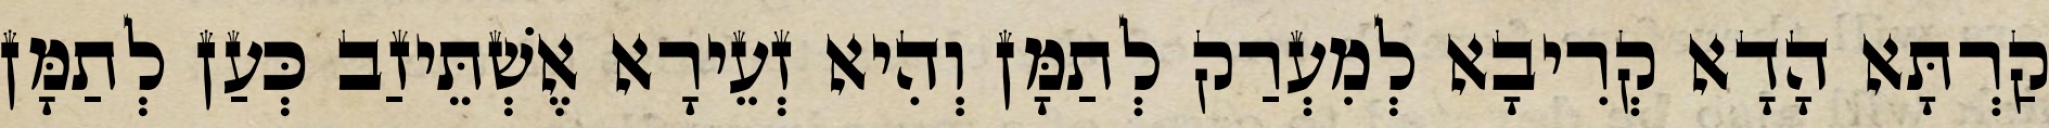
קַרְתָּא הָדָא קְרִיבָא לְמִעְרַק לְתַמָּן וְהִיא זְעֵירָא אֶשְׁתֵּיזַב כְּעַן לְתַמָּן